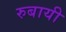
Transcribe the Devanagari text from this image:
रुबायी